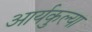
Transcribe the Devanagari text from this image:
आर्यकुल्या